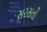
સરસતી